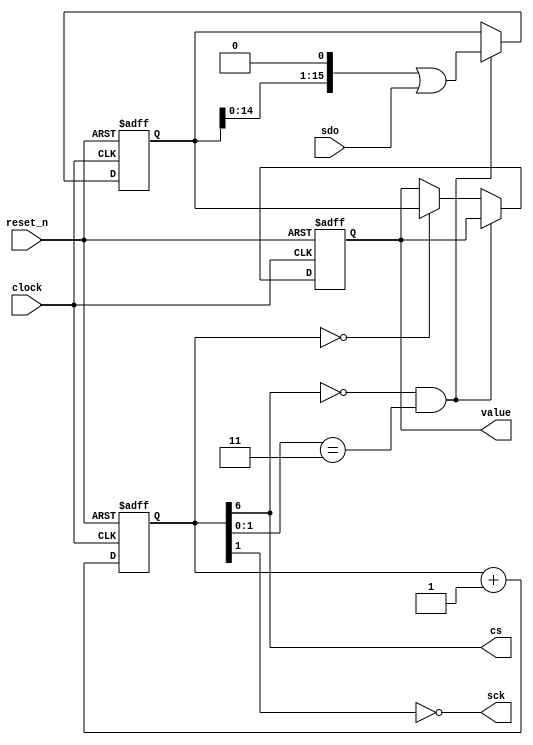
module pmod_als_spi_receiver
(
    input             clock,
    input             reset_n,
    output            cs,
    output            sck,
    input             sdo,
    output reg [15:0] value
);

    reg [19:0] counter;
    reg [15:0] shift;

    always @ (posedge clock or negedge reset_n)
    begin       
        if (! reset_n)
            counter <= 20'b100;
        else
            counter <= counter + 20'b1;
    end

    assign sck = ~ counter [1];
    assign cs  =   counter [6];

    assign sample_bit = ( cs == 1'b0 && counter [1:0] == 2'b11 );
    assign value_done = ( counter [19:0] == 20'b0 );

    always @ (posedge clock or negedge reset_n)
    begin       
        if (! reset_n)
        begin       
            shift <= 16'h0000;
            value <= 16'h0000;
        end
        else if (sample_bit)
        begin       
            shift <= (shift << 1) | sdo;
        end
        else if (value_done)
        begin       
            value <= shift;
        end
    end

endmodule